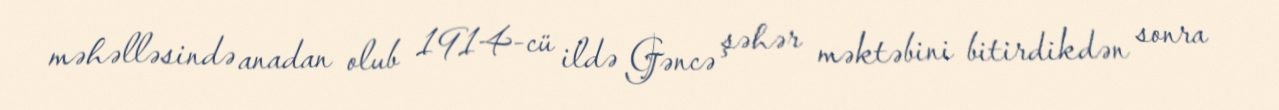
məhəlləsində anadan olub 1914-cü ildə Gəncə şəhər məktəbini bitirdikdən sonra